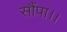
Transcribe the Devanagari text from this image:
सौंपा।।